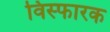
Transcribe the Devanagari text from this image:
विस्‍फारक